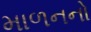
માળનનો